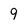
Character: 9